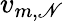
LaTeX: v_{m,\mathscr{N}}